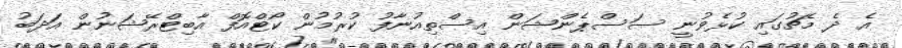
އެ ދެ މެޗުގައި ކުޅެވުނީ ސަސްޕެންޝަން އިސްތިއުނާފު ކުރުމުން ކޯޓްއޮފް އާބިޓްރޭޝަނުން އަދަބު